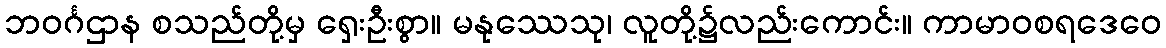
ဘဝင်္ဂဌာန စသည်တို့မှ ရှေးဦးစွာ။ မနုဿေသု၊ လူတို့၌လည်းကောင်း။ ကာမာဝစရဒေဝေ